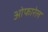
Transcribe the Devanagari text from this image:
ओफारेल